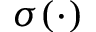
\sigma ( \cdot )